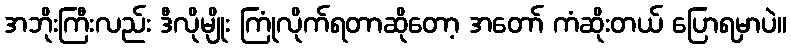
အဘိုးကြီးလည်း ဒီလိုမျိုး ကြုံလိုက်ရတာဆိုတော့ အတော် ကံဆိုးတယ် ပြောရမှာပဲ။